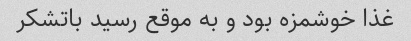
غذا خوشمزه بود و به موقع رسید باتشکر